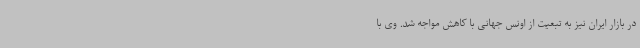
در بازار ایران نیز به تبعیت از اونس جهانی با کاهش مواجه شد. وی با